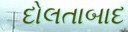
દોલતાબાદ